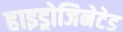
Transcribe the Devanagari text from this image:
हाइड्रोजिनेटेड